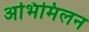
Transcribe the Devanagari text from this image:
अभिमिलन